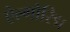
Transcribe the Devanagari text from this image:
ऐल्गोरिद्म